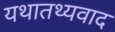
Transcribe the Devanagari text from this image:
यथातथ्यवाद